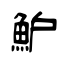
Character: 魲